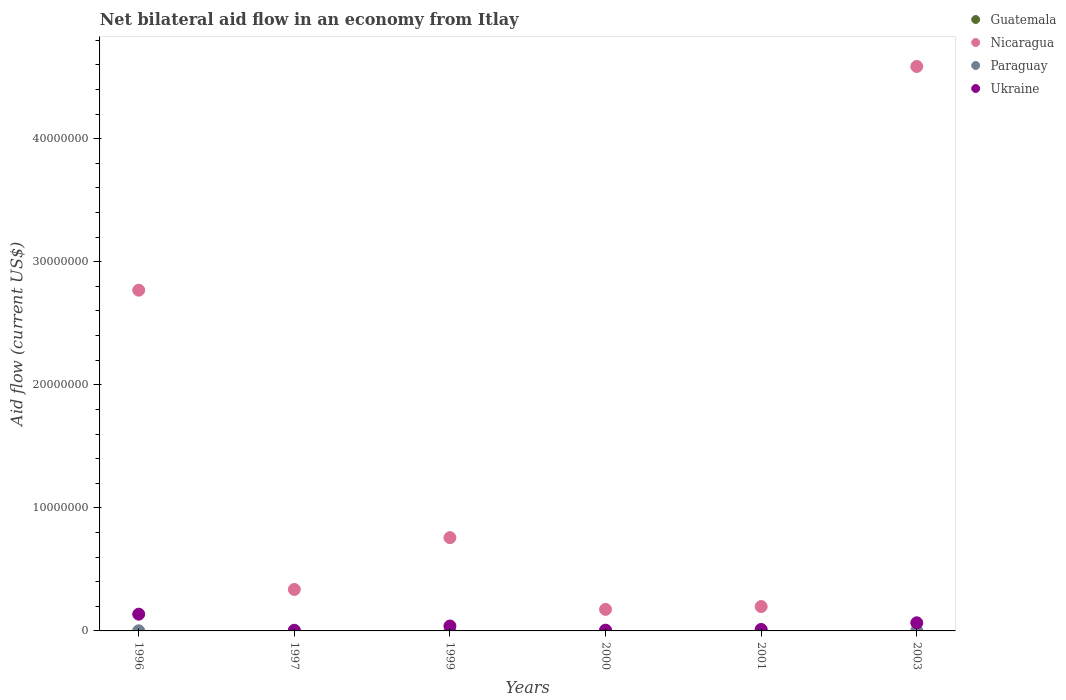
| Years | Guatemala | Nicaragua | Paraguay | Ukraine |
 | --- | --- | --- | --- | --- |
 | 1996 | -2.28e+06 | 2.77e+07 | 1e+04 | 1.36e+06 |
 | 1997 | -2.43e+06 | 3.37e+06 | 6e+04 | 3e+04 |
 | 1999 | -2.45e+06 | 7.58e+06 | 2e+04 | 4e+05 |
 | 2000 | -2.71e+06 | 1.75e+06 | 3e+04 | 6e+04 |
 | 2001 | -1.97e+06 | 1.98e+06 | 5e+04 | 1.2e+05 |
 | 2003 | -1.93e+06 | 4.59e+07 | 2e+04 | 6.6e+05 |